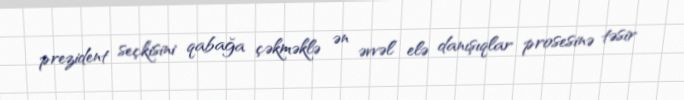
prezident seçkisini qabağa çəkməklə ən əvvəl elə danışıqlar prosesinə təsir